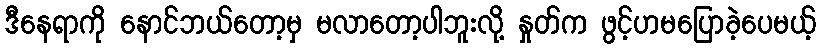
ဒီနေရာကို နောင်ဘယ်တော့မှ မလာတော့ပါဘူးလို့ နှုတ်က ဖွင့်ဟမပြောခဲ့ပေမယ့်